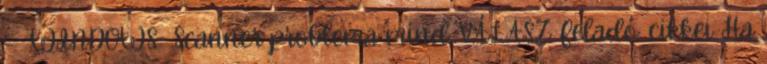
- WINDOWS Scanner problema mind VÁLASZ Feladó: cikkei Ha